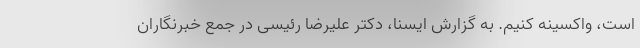
است، واکسینه کنیم. به گزارش ایسنا، دکتر علیرضا رئیسی در جمع خبرنگاران